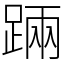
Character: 䠃